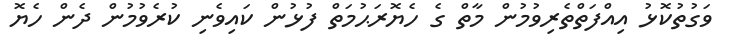
ވަގުތުކޮޅު އިއްފަތްތެރިވުމުން މާތް ގެ ހެޔޮރަޙުމަތް ފުޅުން ކައިވެނި ކުރެވުމުން ދެން ހެޔޮ